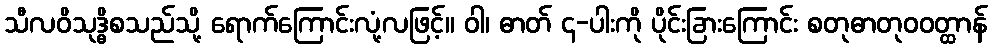
သီလဝိသုဒ္ဓိစသည်သို့ ရောက်ကြောင်းလုံ့လဖြင့်။ ဝါ၊ ဓာတ် ၄-ပါးကို ပိုင်းခြားကြောင်း စတုဓာတုဝဝတ္ထာန်